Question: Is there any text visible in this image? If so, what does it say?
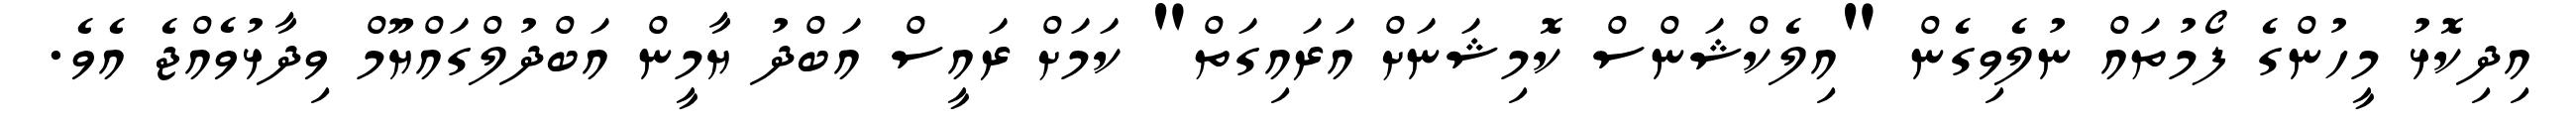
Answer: އިދިކޮޅު މީހުންގެ ފޯމުތައް ނުލެވިގެން "އިލެކްޝަންސް ކޮމިޝަނަށް އަރައިގަތް" ކަމަށް ރައީސް އަބްދު ޔާމީން އަބްދުލްގައްޔޫމް ވިދާޅުވެއްޖެ އެވެ.